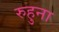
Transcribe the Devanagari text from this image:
रुहुना